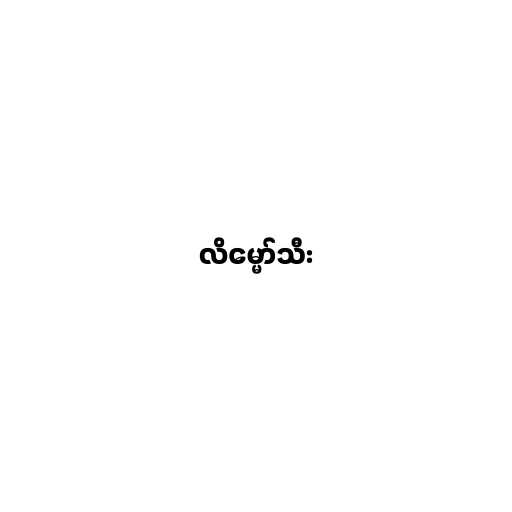
လိမ္မော်သီး